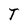
Character: T